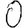
Digit: 0